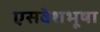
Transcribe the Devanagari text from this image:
एसवेशभूषा